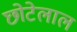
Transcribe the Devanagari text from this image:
छाेटेलाल